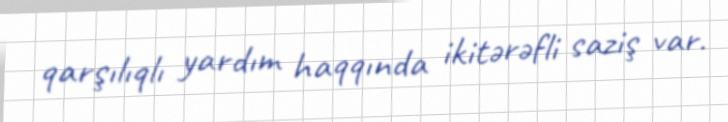
qarşılıqlı yardım haqqında ikitərəfli saziş var.